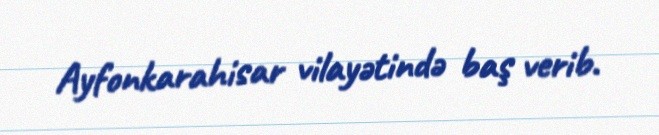
Ayfonkarahisar vilayətində baş verib.